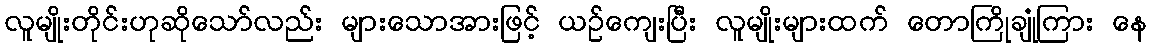
လူမျိုးတိုင်းဟုဆိုသော်လည်း များသောအားဖြင့် ယဉ်ကျေးပြီး လူမျိုးများထက် တောကြိုချုံကြား နေ